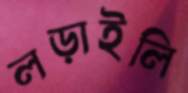
লড়াইলি